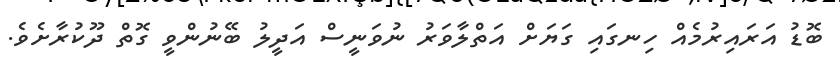
ބޮޑު އަރައިރުމެއް ހިނގައި ގަޔަށް އަތްލާވަރު ނުވަނީސް އަދީލު ބޭނުންވީ ގޮތް ދޫކުރާށެވެ.